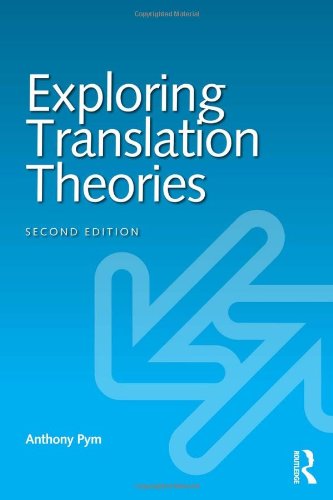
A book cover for Exploring Translation Theories; Anthony Pym; Reference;